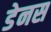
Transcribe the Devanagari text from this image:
डेनस